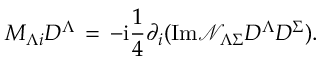
M _ { \Lambda i } D ^ { \Lambda } \, = \, - \mathrm { { i } } \frac { 1 } { 4 } \partial _ { i } ( \mathrm { { I m } } { \mathcal { N } } _ { \Lambda \Sigma } D ^ { \Lambda } D ^ { \Sigma } ) .